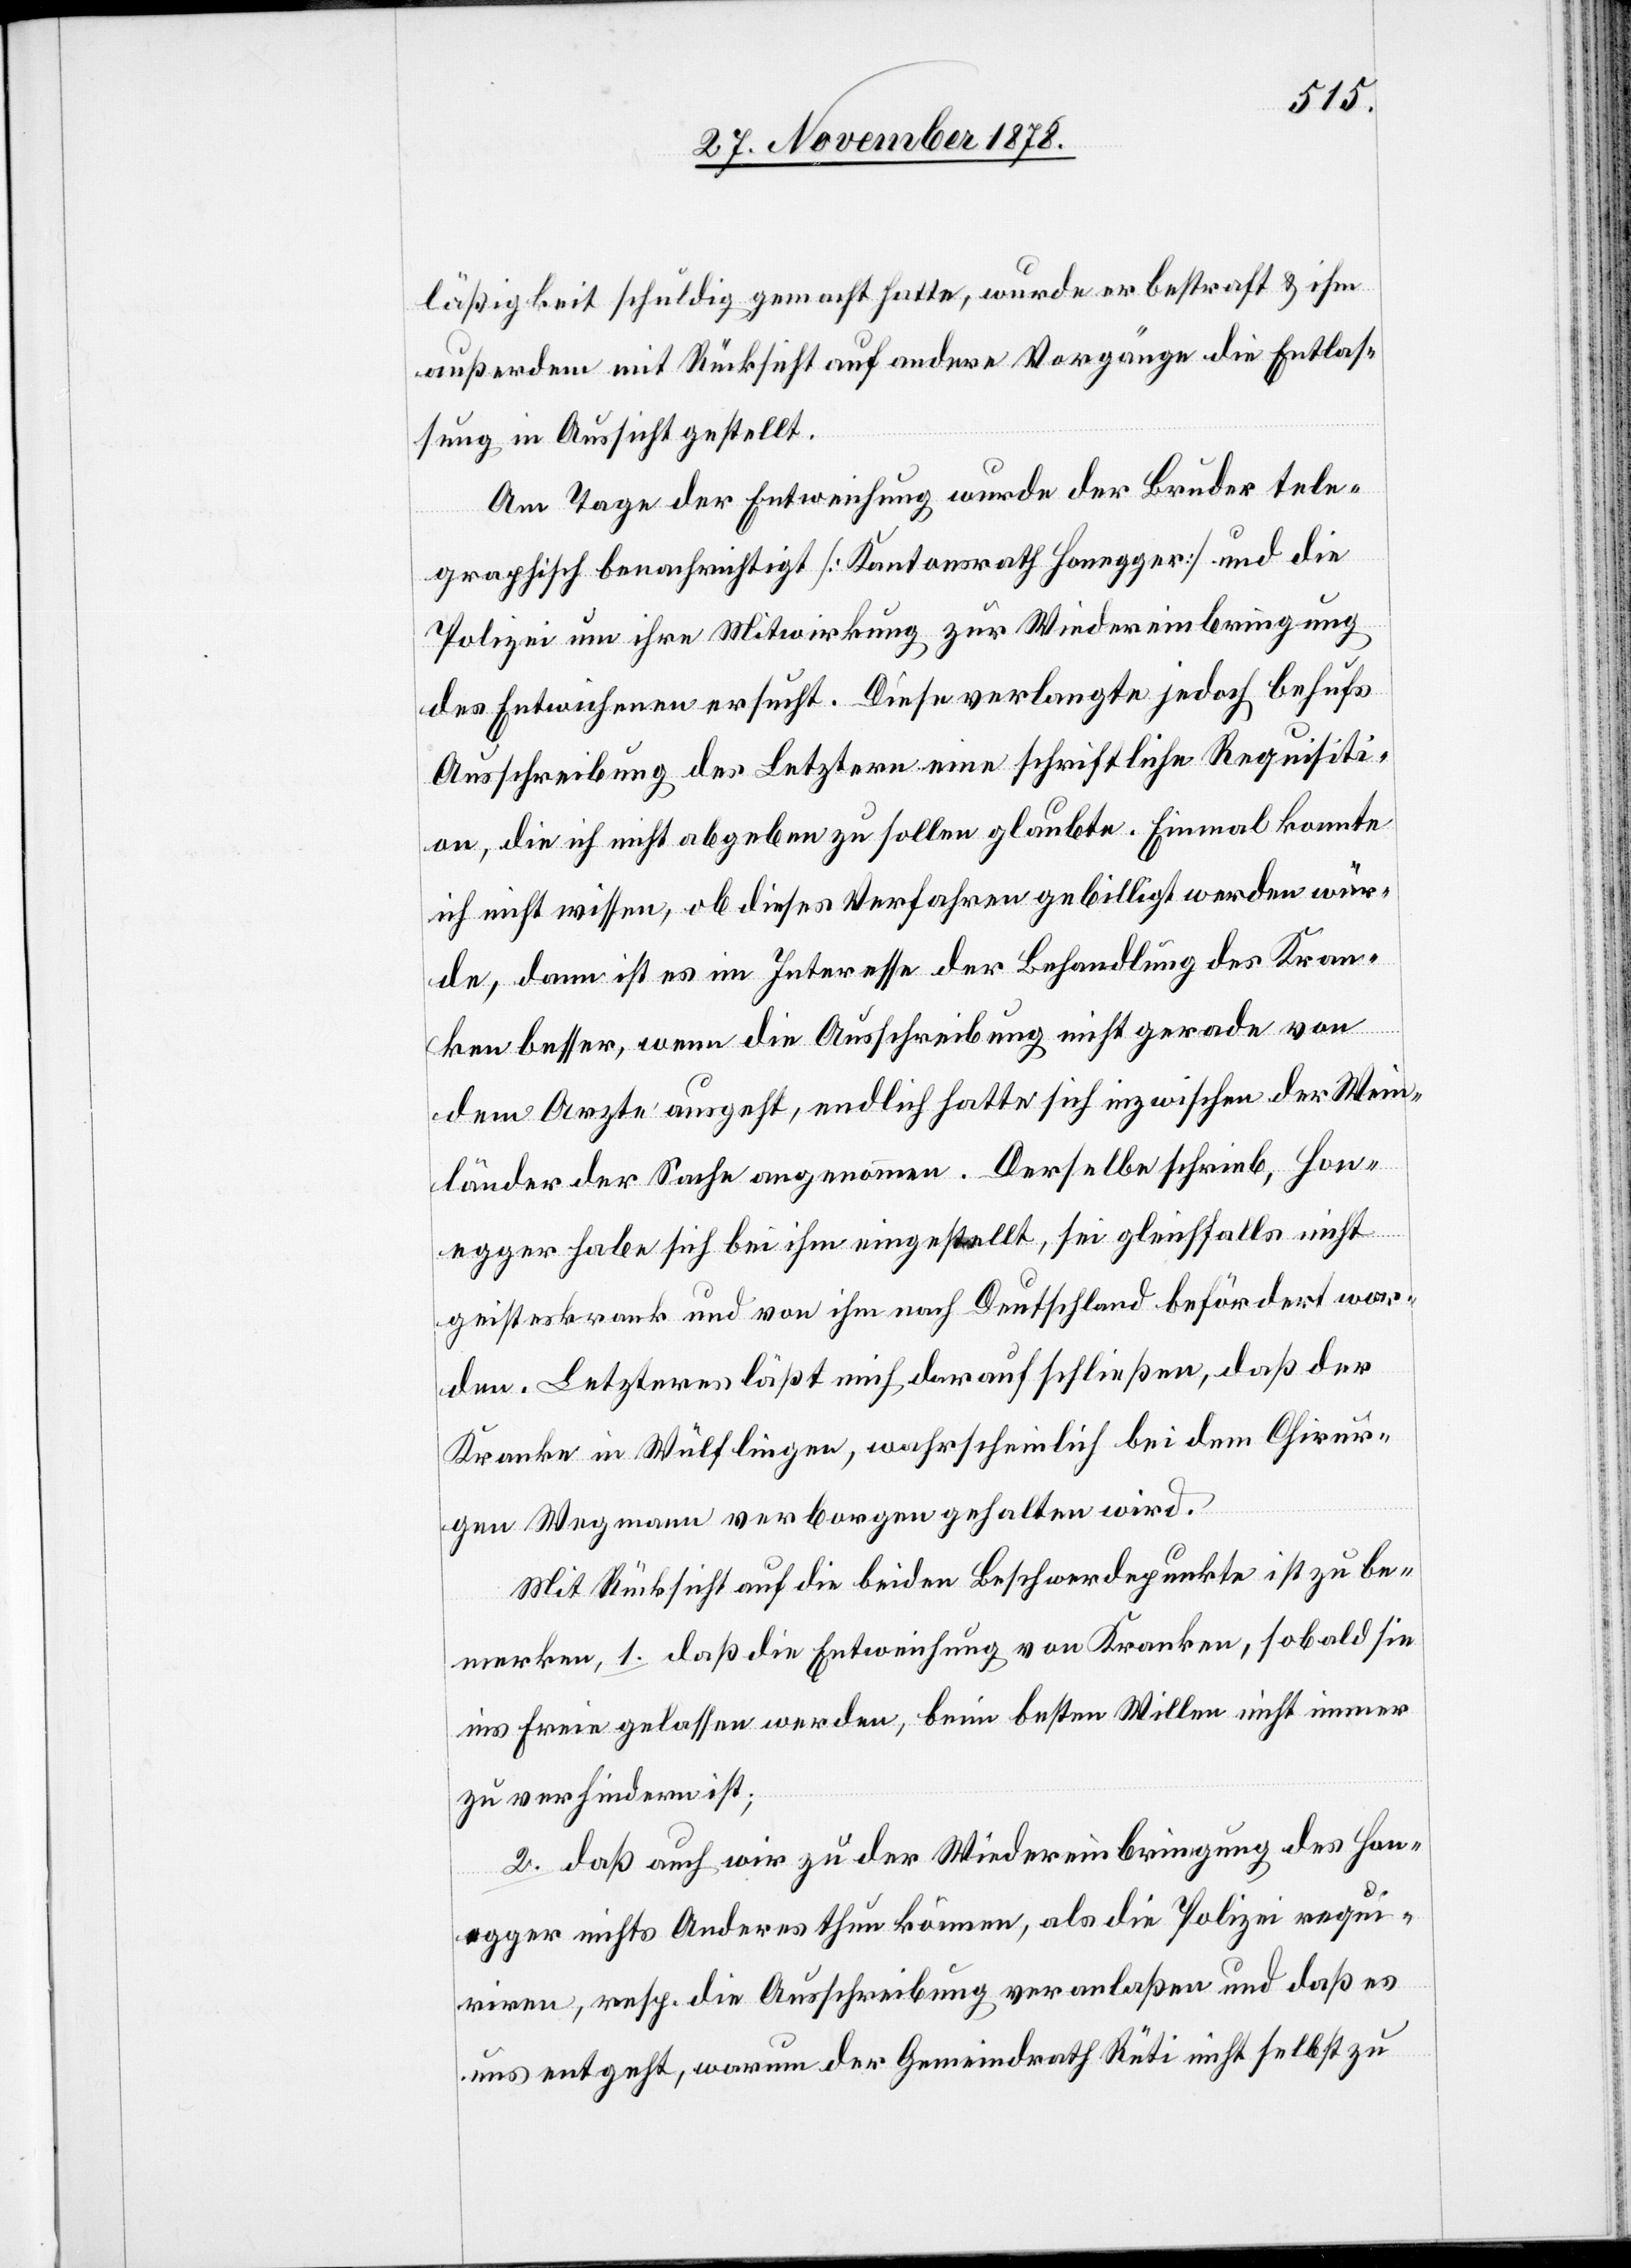
läßigkeit schuldig gemacht hatte, wurde er bestraft & ihm
außerdem mit Rücksicht auf andere Vorgänge die Entlas¬
sung in Aussicht gestellt.
Am Tage der Entweichung wurde der Bruder tele¬
graphisch benachrichtigt [Kantonsrath Honegger] und die
Polizei um ihre Mitwirkung zur Wiedereinbringung
des Entwichenen ersucht. Diese verlangte jedoch behufs
Ausschreibung des Letztern eine schriftliche Requisiti¬
on, die ich nicht abgeben zu sollen glaubte. Einmal konnte
ich nicht wissen, ob dieses Verfahren gebilligt werden wür¬
de, dann ist es im Interesse der Behandlung des Kran¬
ken besser, wenn die Ausschreibung nicht gerade von
dem Arzte ausgeht, endlich hatte sich inzwischen der Wein¬
länder der Sache angenommen. Derselbe schrieb, Hon¬
egger habe sich bei ihm eingestellt, sei gleichfalls nicht
geisteskrank und von ihm nach Deutschland befördert wor¬
den. Letzteres läßt mich darauf schließen, daß der
Kranke in Wülflingen, wahrscheinlich bei dem Chirur¬
gen Wegmann verborgen gehalten wird.
Mit Rücksicht auf die beiden Beschwerdepunkte ist zu be¬
merken, 1. daß die Entweichung von Kranken, sobald sie
ins Freie gelassen werden, beim besten Willen nicht immer
zu verhindern ist;
2. daß auch wir zu der Wiedereinbringung des Hon¬
egger nichts Anderes thun können, als die Polizei regu¬
liren, resp. die Ausschreibung veranlaßen und daß es
uns entgeht, warum der Gemeindrath Rüti nicht selbst zu